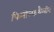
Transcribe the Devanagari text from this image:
फिनोल्फथैलीन